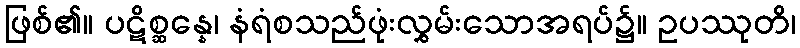
ဖြစ်၏။ ပဋိစ္ဆန္နေ၊ နံရံစသည်ဖုံးလွှမ်းသောအရပ်၌။ ဥပဿုတိ၊